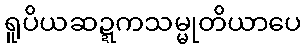
ရူပိယဆဍ္ဍကသမ္မုတိယာပေ